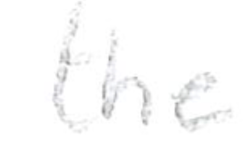
Text: the
Cross-out: clean
Writing tool: pencil